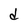
Character: d